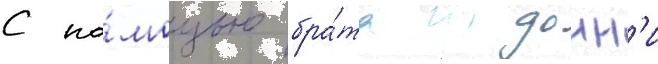
С по́мощью бра́та донн'и